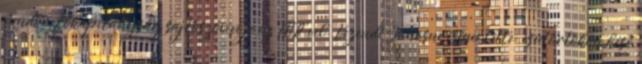
rendőr-főkapitányság sajtószóvivője az MTI-vel. Vezendi Jánosné ismertette: csütörtökön késő